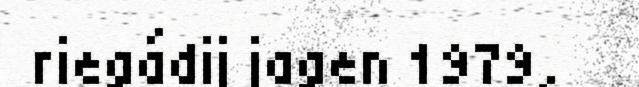
riegádij jagen 1979,